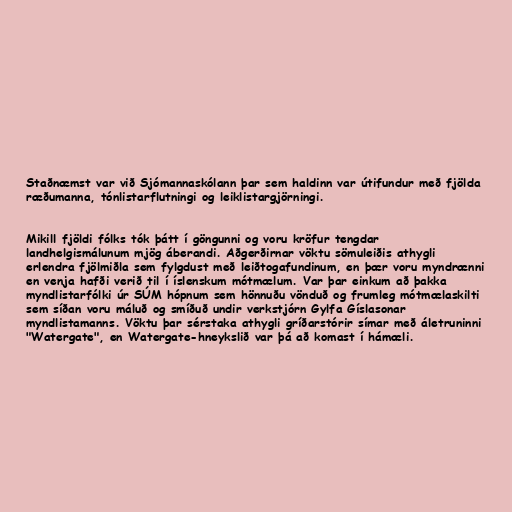
Staðnæmst var við Sjómannaskólann þar sem haldinn var útifundur með fjölda
ræðumanna, tónlistarflutningi og leiklistargjörningi.

Mikill fjöldi fólks tók þátt í göngunni og voru kröfur tengdar
landhelgismálunum mjög áberandi. Aðgerðirnar vöktu sömuleiðis athygli
erlendra fjölmiðla sem fylgdust með leiðtogafundinum, en þær voru myndrænni
en venja hafði verið til í íslenskum mótmælum. Var þar einkum að þakka
myndlistarfólki úr SÚM hópnum sem hönnuðu vönduð og frumleg mótmælaskilti
sem síðan voru máluð og smíðuð undir verkstjórn Gylfa Gíslasonar
myndlistamanns. Vöktu þar sérstaka athygli gríðarstórir símar með áletruninni
"Watergate", en Watergate-hneykslið var þá að komast í hámæli.